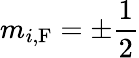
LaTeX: m_{i,\textrm{F}}=\pm\frac{1}{2}